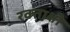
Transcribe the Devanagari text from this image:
रक्ताक्षी